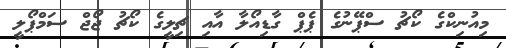
މިއުނިކްގެ ކޯޗު ސްޕޭނުގެ ޕެޕް ގާޑިއޯލާ އާއި ޗިލީގެ ކޯޗު ޖޯޖް ސަމްޕޯލީ